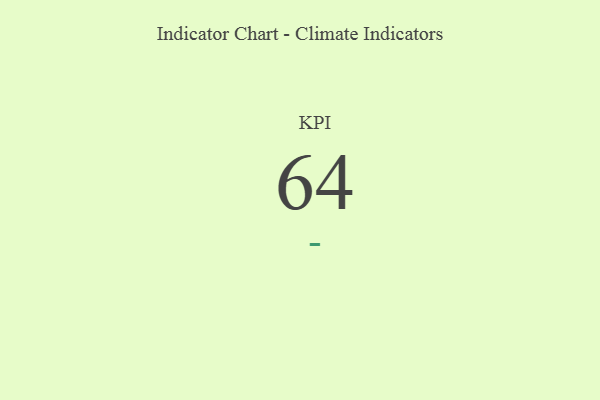
{"axis": {"x": "KPI", "y": "Value"}, "legend": [""], "data": [{"x": "KPI", "y": 64, "type": ""}]}